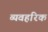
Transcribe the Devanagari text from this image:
व्यवहरिक